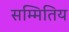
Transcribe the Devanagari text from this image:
सम्मितिय